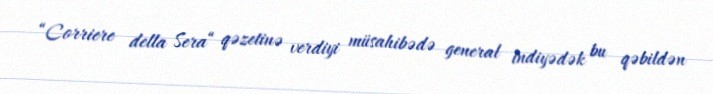
“Corriere della Sera“ qəzetinə verdiyi müsahibədə general indiyədək bu qəbildən